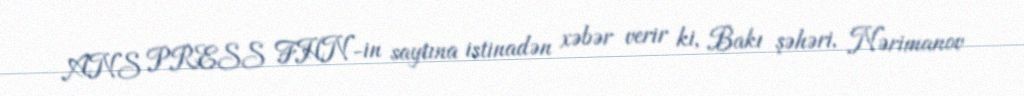
ANS PRESS FHN-in saytına istinadən xəbər verir ki, Bakı şəhəri, Nərimanov